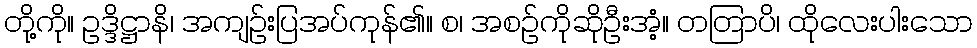
တို့ကို။ ဥဒ္ဒိဋ္ဌာနိ၊ အကျဉ်းပြအပ်ကုန်၏။ စ၊ အစဉ်ကိုဆိုဦးအံ့။ တတြာပိ၊ ထိုလေးပါးသော